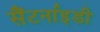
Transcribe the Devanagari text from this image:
सैंटर्नाइडी